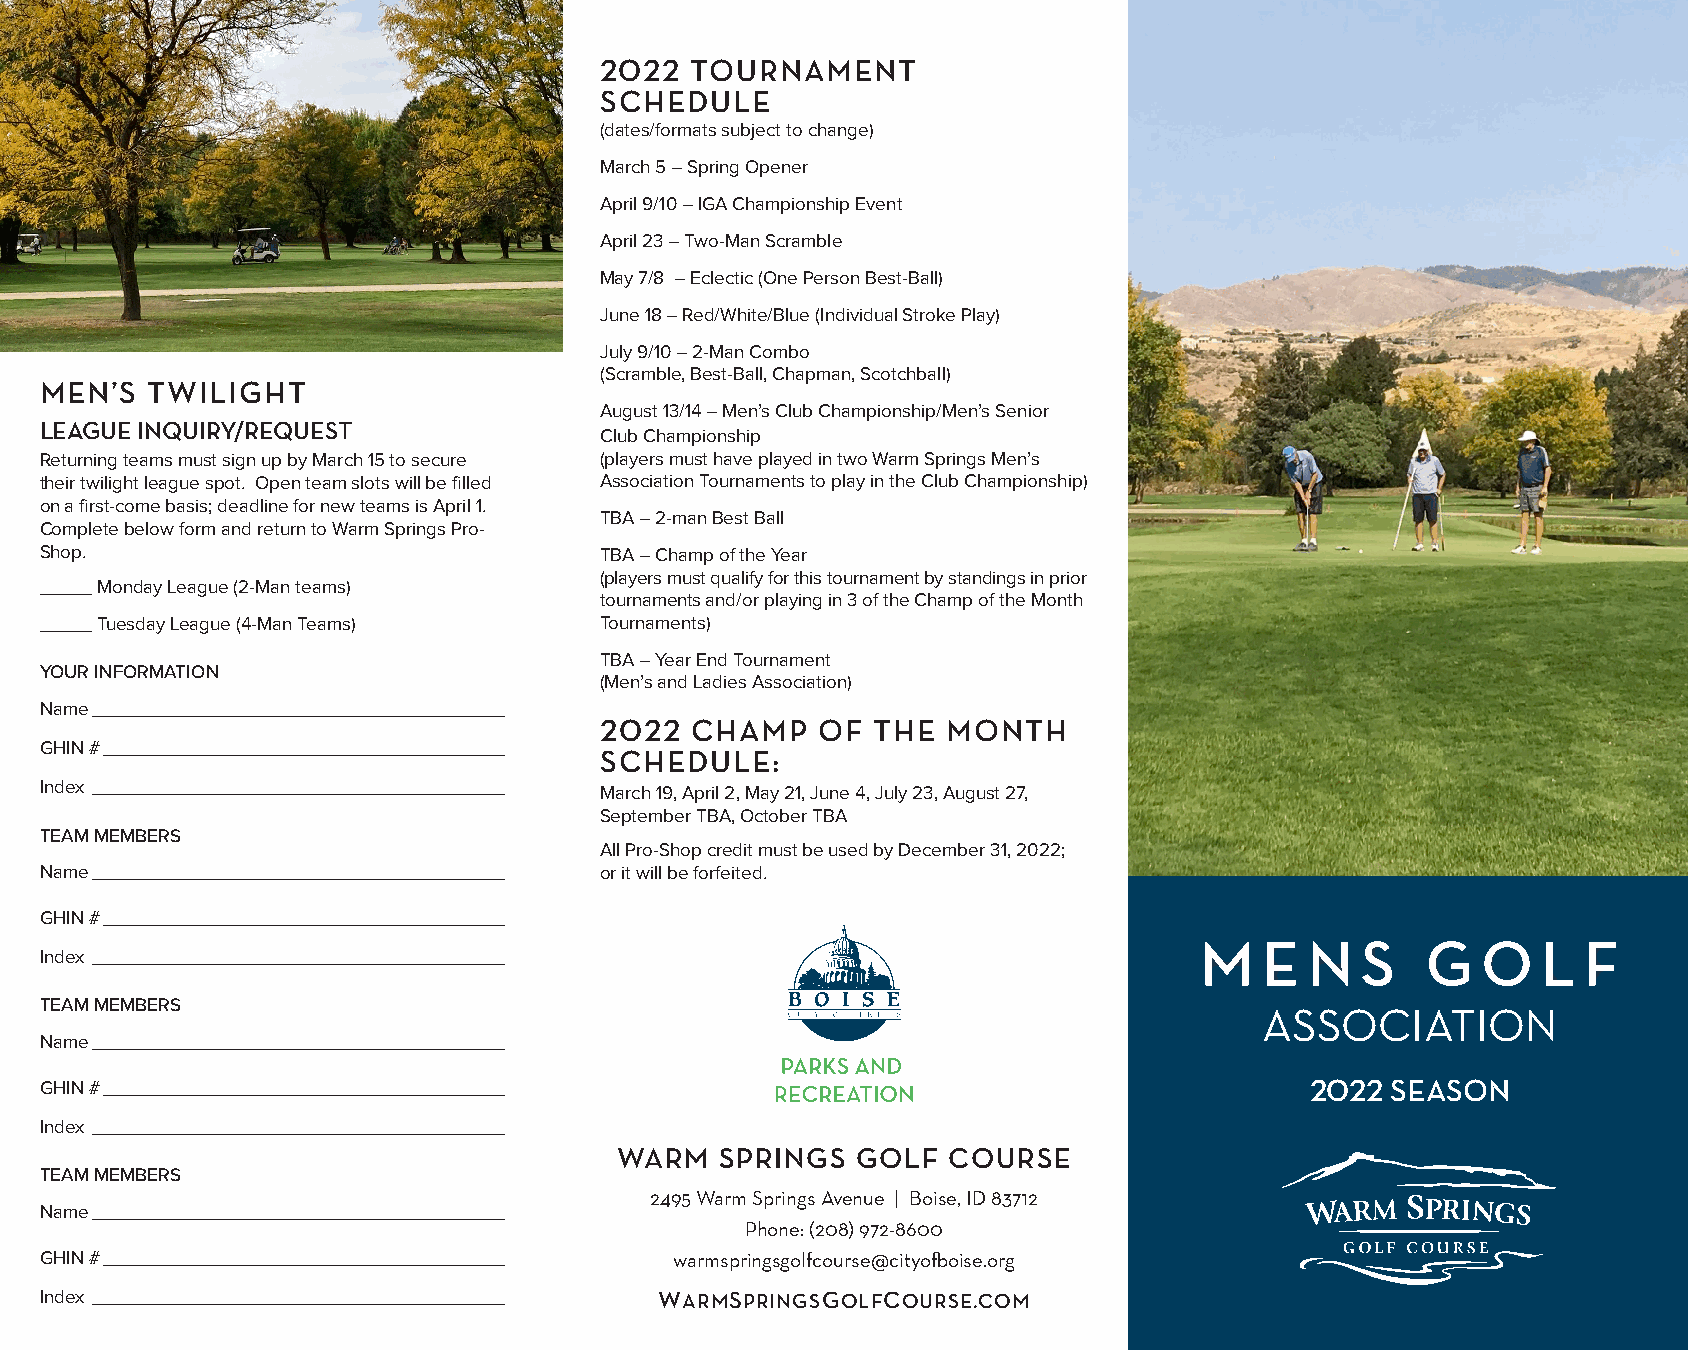
2022  TOURNAMENT
 SCHEDULE
 (dates/formats subject to change)
 March 5 – Spring Opener
 April 9/10 – IGA Championship Event
 April 23 – Two-Man Scramble
 May 7/8 – Eclectic (One Person Best-Ball)
 June 18 – Red/White/Blue (Individual Stroke Play)
 July 9/10 – 2-Man Combo
 (Scramble, Best-Ball, Chapman, Scotchball)
 MEN’S  TWILIGHT
 August 13/14 – Men’s Club Championship/Men’s Senior
 LEAGUE INQUIRY/REQUEST
 Club Championship
 Returning teams must sign up by March 15 to secure (players must have played in two Warm Springs Men’s
 their twilight league spot. Open team slots will be filled Association Tournaments to play in the Club Championship)
 on a first-come basis; deadline for new teams is April 1.
 TBA – 2-man Best Ball
 Complete below form and return to Warm Springs Pro-
 Shop.                                TBA – Champ of the Year
 (players must qualify for this tournament by standings in prior
 _____ Monday League (2-Man teams)
 tournaments and/or playing in 3 of the Champ of the Month
 _____ Tuesday League (4-Man Teams)   Tournaments)
 TBA – Year End Tournament
 YOUR INFORMATION
 (Men’s and Ladies Association)
 Name _______________________________________
 2022  CHAMP   OF  THE  MONTH
 GHIN # ______________________________________
 SCHEDULE:
 Index _______________________________________ March 19, April 2, May 21, June 4, July 23, August 27,
 September TBA, October TBA
 TEAM MEMBERS
 All Pro-Shop credit must be used by December 31, 2022;
 Name _______________________________________ or it will be forfeited.
 GHIN # ______________________________________
 M    E  N  S   G   O   L  F
 Index _______________________________________
 TEAM MEMBERS
 ASSOCIATION
 Name _______________________________________
 GHIN # ______________________________________                                       2022 SEASON
 Index _______________________________________
 WARM   SPRINGS  GOLF  COURSE
 TEAM MEMBERS
 2495 Warm Springs Avenue | Boise, ID 83712
 Name _______________________________________
 Phone: (208) 972-8600
 GHIN # ______________________________________ warmspringsgolfcourse@cityofboise.org
 Index _______________________________________ WARMSPRINGSGOLFCOURSE.COM